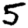
Digit: 5